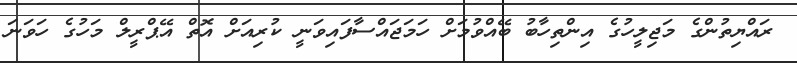
ރައްޔިތުންގެ މަޖިލީހުގެ އިންތިހާބު ބޭއްވުމަށް ހަމަޖައްސާފައިވަނީ ކުރިއަށް އޮތް އޭޕްރީލް މަހުގެ ހަވަނަ